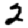
Digit: 2